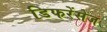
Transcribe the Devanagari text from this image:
डिफरेंसेज